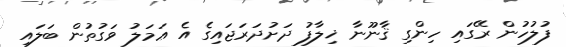
ފުލުހުން ރޭގައި ހިންގި ޤާނޫނާ ޚިލާފު ދަށުދަރަޖައިގެ އެ ޢަމަލު ވަގުތުން ބަލައި